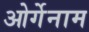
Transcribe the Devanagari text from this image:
ओर्गेनाम